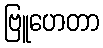
ဗြူဟေတာ